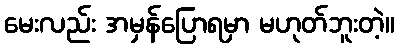
မေးလည်း အမှန်ပြောရမှာ မဟုတ်ဘူးတဲ့။